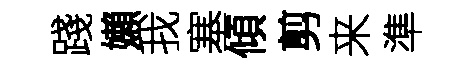
踐嬾我塞傾剪来準